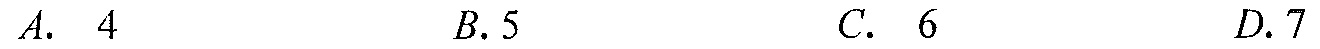
$A.\ \ 4\quad B.5\quad C.\ \ 6\quad D.7$